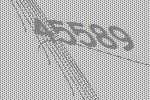
45589